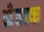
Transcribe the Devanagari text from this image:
अँडाक